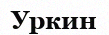
Уркин